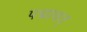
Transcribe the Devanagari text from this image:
पद्मावत्